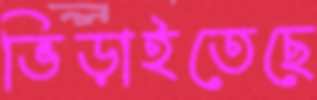
ভিড়াইতেছে